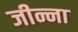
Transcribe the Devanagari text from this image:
जीन्ना